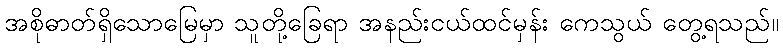
အစိုဓာတ်ရှိသောမြေမှာ သူတို့ခြေရာ အနည်းငယ်ထင်မှန်း ကေသွယ် တွေ့ရသည်။